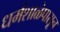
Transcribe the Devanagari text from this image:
धर्मशाळेपासून